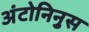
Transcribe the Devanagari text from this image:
अंटोनिनुस